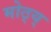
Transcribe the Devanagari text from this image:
मोठ्य्